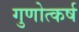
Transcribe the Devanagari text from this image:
गुणोत्कर्ष